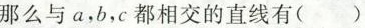
那么与a，b，c都相交的直线有（）